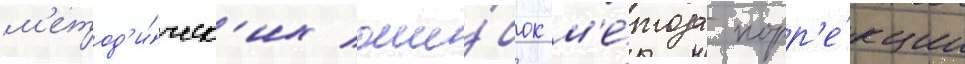
м'етод'и́ческ'их оши́бок м'е́тода корр'е́кции